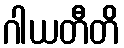
ဂါယတီတိ